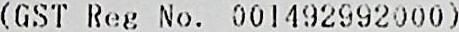
(GST REG NO. 001492992000)